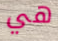
هي